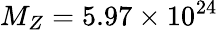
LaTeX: M_{Z}=5.97\times 10^{24}